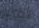
تدعم